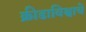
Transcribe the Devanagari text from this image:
क्रीडाविश्वाचे